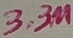
Text: 3.3M